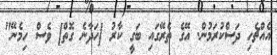
އެއްޗެހި ދަސްކުރަމުން. އޭގެ ތެރޭގައި ބަގީ ކާރު [ހަދާނެ ގޮތް] ވެސް ހިމެނޭ"